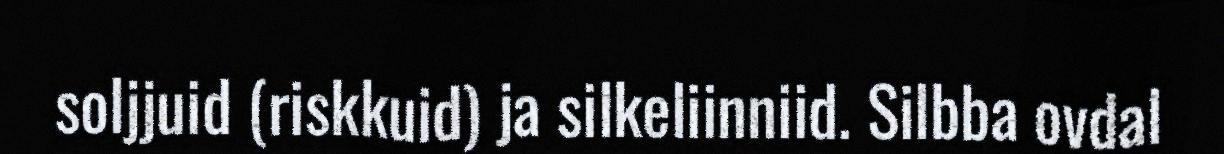
soljjuid (riskkuid) ja silkeliinniid. Silbba ovdal